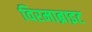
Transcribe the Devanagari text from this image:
विरमाब्राइट